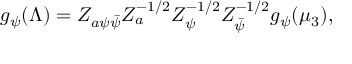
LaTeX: g _ { \psi } ( \Lambda ) = Z _ { a \psi \bar { \psi } } Z _ { a } ^ { - 1 / 2 } Z _ { \psi } ^ { - 1 / 2 } Z _ { \bar { \psi } } ^ { - 1 / 2 } g _ { \psi } ( \mu _ { 3 } ) ,